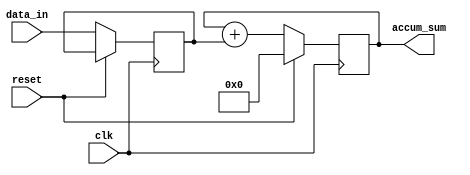
module cascaded_accumulator (
    input wire clk,
    input wire reset,
    input wire [7:0] data_in,
    output wire [15:0] accum_sum
);

reg [15:0] accum;
reg [7:0] data;

always @(posedge clk) begin
    if (reset) begin
        accum <= 16'b0;
    end else begin
        data <= data_in;
        accum <= accum + data;
    end
end

assign accum_sum = accum;

endmodule